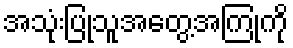
အသုံးပြုသူအတွေ့အကြုံကို